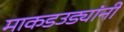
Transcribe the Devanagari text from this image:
माकडउड्यांनी